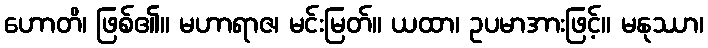
ဟောတိ၊ ဖြစ်၏။ မဟာရာဇ၊ မင်းမြတ်။ ယထာ၊ ဥပမာအားဖြင့်။ မနုဿာ၊